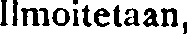
Ilmoitetaan,